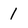
Character: 1